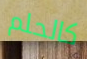
كالحلم